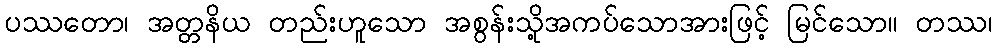
ပဿတော၊ အတ္တနိယ တည်းဟူသော အစွန်းသို့အကပ်သောအားဖြင့် မြင်သော။ တဿ၊